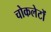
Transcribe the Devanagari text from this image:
चोकलेटों